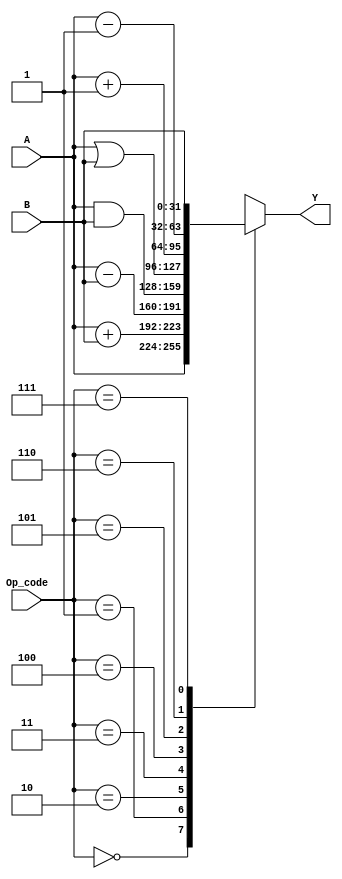
module ALU ( 
  input [2:0] Op_code,
  input [31:0] A, B,
  output reg [31:0] Y
);
always @(*)
begin
case (Op_code)

	3'b000:Y=A;
	3'b001:Y=A+B;	
	3'b010:Y=A-B;
	3'b011:Y=A&B;
	3'b100:Y=A|B;
	3'b101:Y=A+1;
	3'b110:Y=A-1;
	3'b111:Y=B;
endcase
end
endmodule